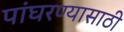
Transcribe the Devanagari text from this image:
पांघरण्यासाठी